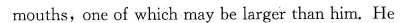
mouths,one of which may be larger than him. He